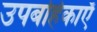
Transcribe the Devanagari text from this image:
उपबर्हिकाएँ